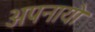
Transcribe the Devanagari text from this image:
अपनायो